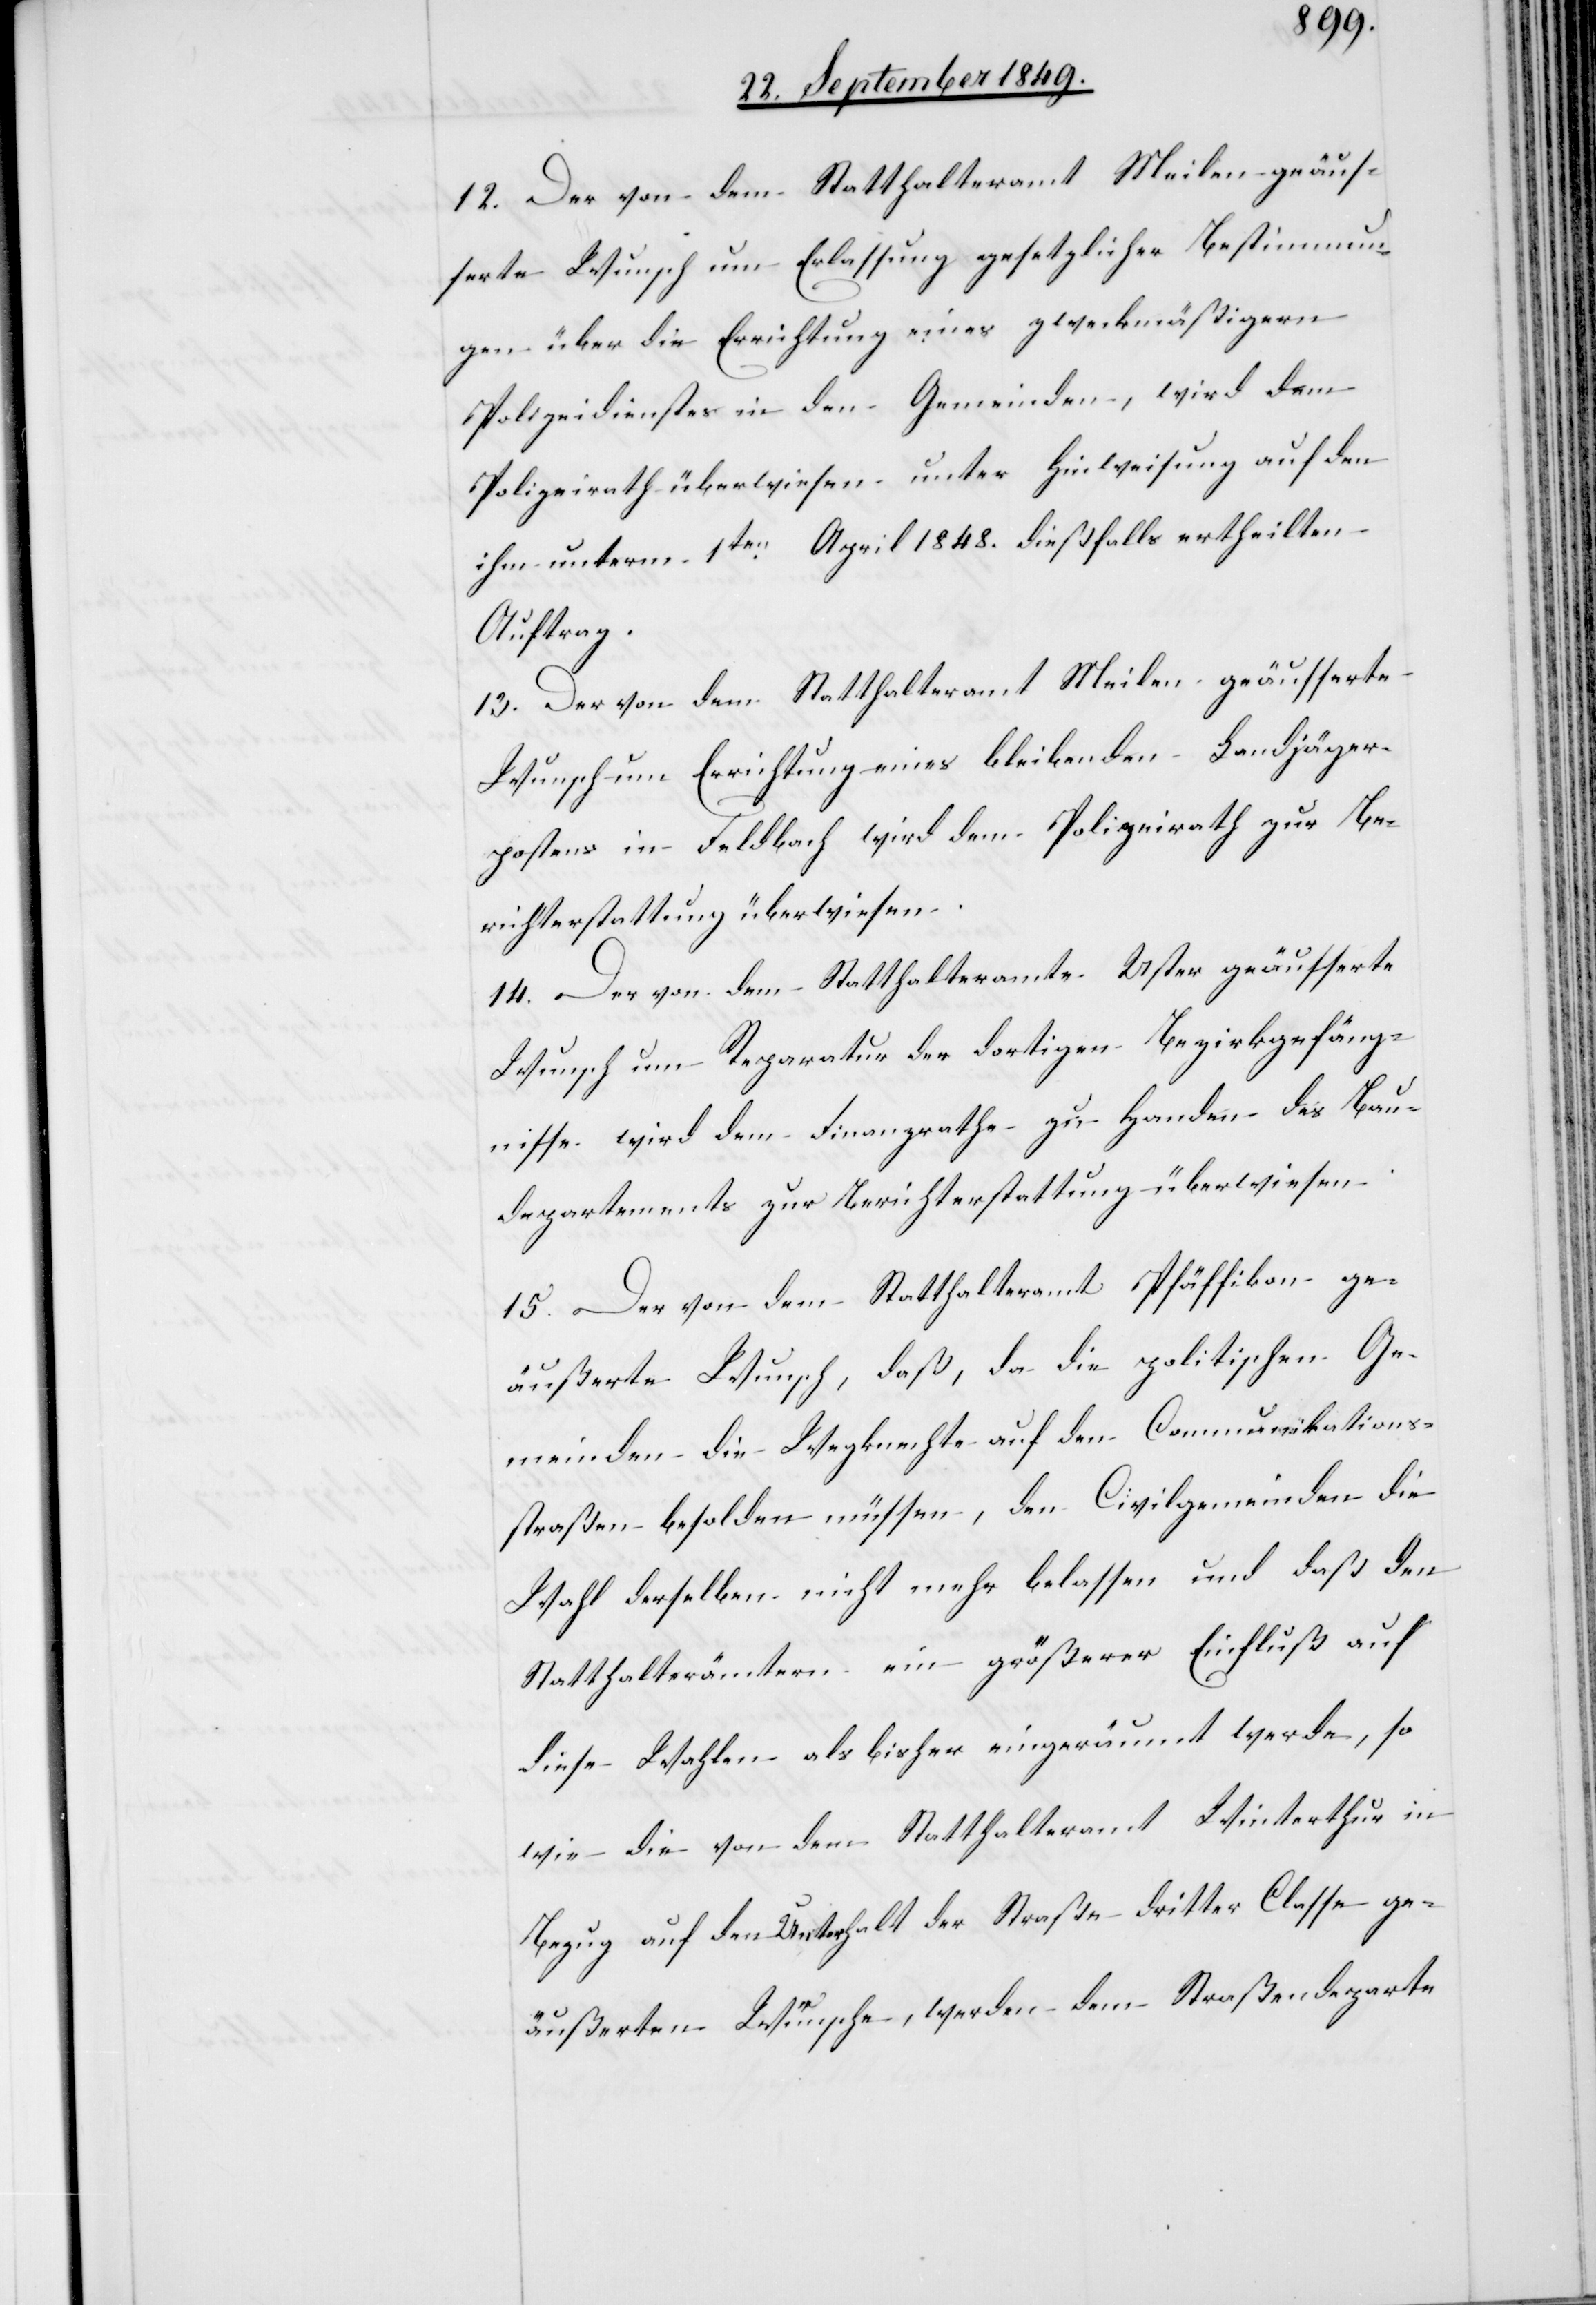
12. Der von dem Statthalteramt Meilen geäus¬
serte Wunsch um Erlassung gesetzlicher Bestimmun¬
g über die Errichtung eines zweckmäßigern
Polizeidienstes in den Gemeinden, wird dem
Polizeirath überwiesen unter Hinweisung auf den
ihm unterm 1ten April 1848. dießfalls ertheilten
Auftrag.
13. Der von dem Statthalteramt Meilen geäusserte
Wunsch um Errichtung eines bleibenden Landjäger¬
postens im Feldbach wird dem Polizeirath zur Be¬
richterstattung überwiesen.
14. Der von dem Statthalteramte Uster geäusserte
Wunsch um Reparatur der dortigen Bezirkgefäng¬
nisse wird dem Finanzrathe zu Handen des Bau¬
departements zur Berichterstattung überwiesen.
15. Der von dem Statthalteramt Pfäffikon ge¬
äußerte Wunsch, daß, da die politischen Ge¬
meinden die Wegknechte auf den Communikations¬
straßen besolden nicht mehr belassen und daß den S¬
tatthalterämtern ein größerer Einfluß auf
diese Wahlen als bisher eingeräumt werde, so
wie die von dem Statthalteramt Winterthur in
Bezug auf den Unterhalt der Straße dritter Classe ge¬
äußerten Wunsche, werden dem Straßendeparte-